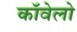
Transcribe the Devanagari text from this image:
कॉवेलो